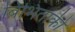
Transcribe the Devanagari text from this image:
बिभिताकी